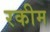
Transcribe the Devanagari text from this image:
रकीम